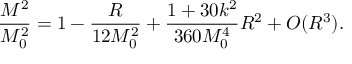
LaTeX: \frac { M ^ { 2 } } { M _ { 0 } ^ { 2 } } = 1 - \frac { R } { 1 2 M _ { 0 } ^ { 2 } } + \frac { 1 + 3 0 k ^ { 2 } } { 3 6 0 M _ { 0 } ^ { 4 } } R ^ { 2 } + { \cal O } ( R ^ { 3 } ) .